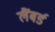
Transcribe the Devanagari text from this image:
लैंबर्ड